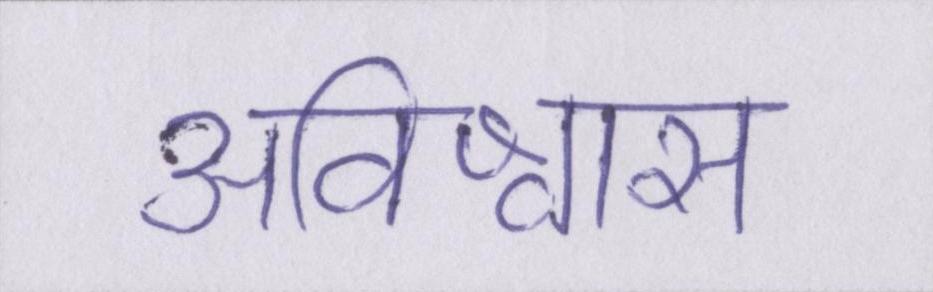
अविश्वास